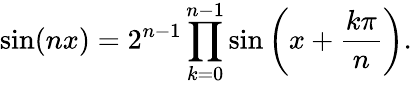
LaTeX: \sin(nx)=2^{n-1}\prod_{k=0}^{n-1}\sin\left(x+{\frac{k\pi}{n}}\right).